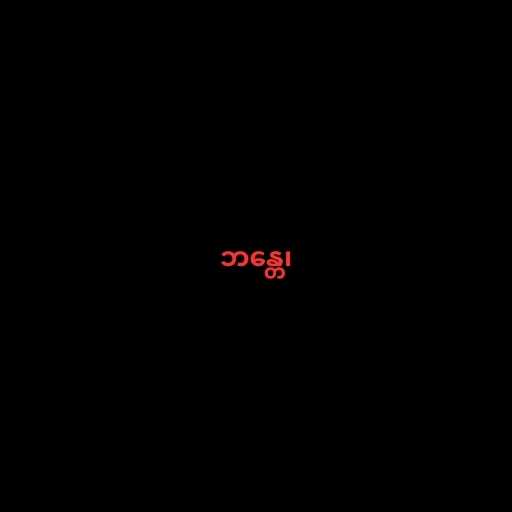
ဘန္တေ၊